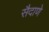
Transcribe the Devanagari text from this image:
सैदाणे